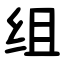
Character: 组